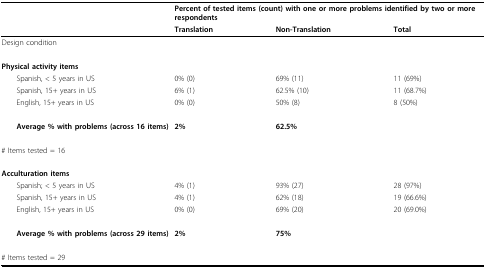
<table><thead><tr><td></td><td colspan="3"><b>Percent of tested items (count) with one or more problems identified by two or more respondents</b></td></tr><tr><td></td><td><b>Translation</b></td><td><b>Non-Translation</b></td><td><b>Total</b></td></tr></thead><tbody><tr><td>Design condition</td><td></td><td></td><td></td></tr><tr><td><b>Physical activity items</b></td><td></td><td></td><td></td></tr><tr><td> Spanish, &lt; 5 years in US</td><td>0% (0)</td><td>69% (11)</td><td>11 (69%)</td></tr><tr><td> Spanish, 15+ years in US</td><td>6% (1)</td><td>62.5% (10)</td><td>11 (68.7%)</td></tr><tr><td> English, 15+ years in US</td><td>0% (0)</td><td>50% (8)</td><td>8 (50%)</td></tr><tr><td> <b>Average % with problems (across 16 items)</b></td><td><b>2%</b></td><td><b>62.5%</b></td><td></td></tr><tr><td># Items tested = 16</td><td></td><td></td><td></td></tr><tr><td><b>Acculturation items</b></td><td></td><td></td><td></td></tr><tr><td> Spanish; &lt; 5 years in US</td><td>4% (1)</td><td>93% (27)</td><td>28 (97%)</td></tr><tr><td> Spanish, 15+ years in US</td><td>4% (1)</td><td>62% (18)</td><td>19 (66.6%)</td></tr><tr><td> English, 15+ years in US</td><td>0% (0)</td><td>69% (20)</td><td>20 (69.0%)</td></tr><tr><td> <b>Average % with problems (across 29 items)</b></td><td><b>2%</b></td><td><b>75%</b></td><td></td></tr><tr><td># Items tested = 29</td><td></td><td></td><td></td></tr></tbody></table>